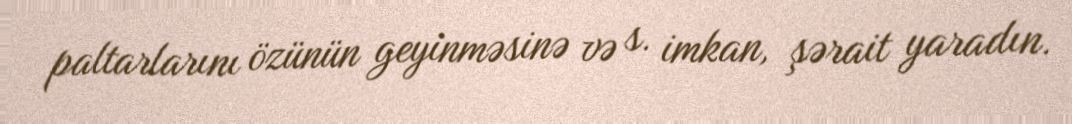
paltarlarını özünün geyinməsinə və s. imkan, şərait yaradın.